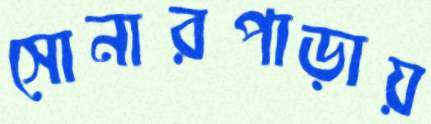
সোনারপাড়ায়